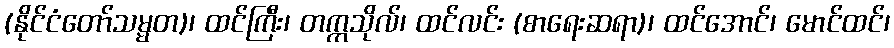
(နိုင်ငံတော်သမ္မတ)၊ ထင်ကြီး၊ တက္ကသိုလ်၊ ထင်လင်း (စာရေးဆရာ)၊ ထင်အောင်၊ မောင်ထင်၊